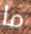
ما